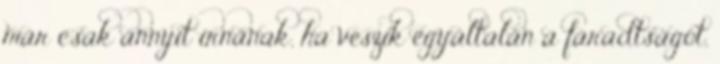
már csak annyit írnának, ha veszik egyáltalán a fáradtságot,